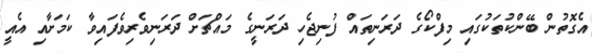
އެގޮތުން ބޭންކުތަކުގައި މިފްކޯގެ ދަރަނިތައް ފުނިޖެހި ދަރަނީގެ މައްޗަށް ދަރަނިވެރިވެފައިވާ ކަމަށާއި އެއީ